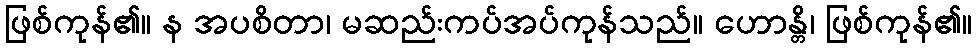
ဖြစ်ကုန်၏။ န အပစိတာ၊ မဆည်းကပ်အပ်ကုန်သည်။ ဟောန္တိ၊ ဖြစ်ကုန်၏။